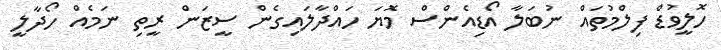
ހޮލީވުޑް ފިލްމުތައް ނުބަލާ އޯޑިއެންސް މޮޔަ ހައްދާލައިގެން ސީޒަން ރީތި ނަމެއް ހޯދާލީ